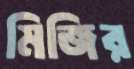
মিজির